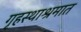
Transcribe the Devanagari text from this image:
गृहस्थाश्रमात